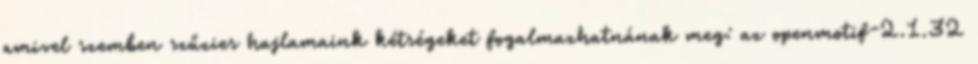
amivel szemben szűzies hajlamaink kétségeket fogalmazhatnának meg: az openmotif-2.1.32